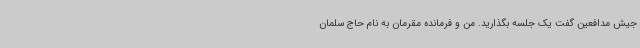
جیش مدافعین گفت یک جلسه بگذارید. من و فرمانده مقرمان به نام حاج سلمان